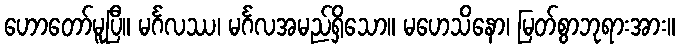
ဟောတော်မူပြီ။ မင်္ဂလဿ၊ မင်္ဂလအမည်ရှိသော။ မဟေသိနော၊ မြတ်စွာဘုရားအား။